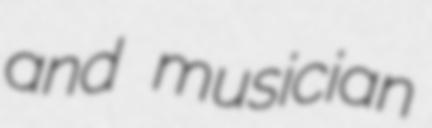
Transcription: and musician